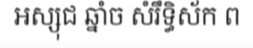
អស្សុជ ឆ្នាំច សំរឹទ្ធិស័ក ព